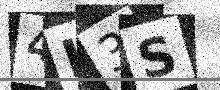
Text: 4L3S